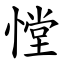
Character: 憆